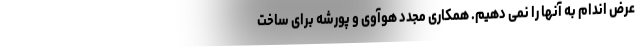
عرض اندام به آنها را نمی دهیم. همکاری مجدد هوآوی و پورشه برای ساخت